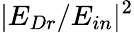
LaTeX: |E_{Dr}/E_{in}|^{2}